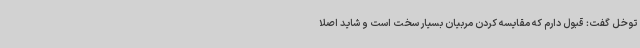
توخل گفت: قبول دارم که مقایسه کردن مربیان بسیار سخت است و شاید اصلا